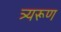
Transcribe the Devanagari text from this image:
त्र्यरूण